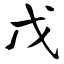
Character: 戊